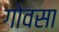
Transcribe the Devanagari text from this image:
गोवसा